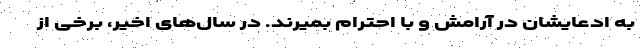
به ادعایشان در آرامش و با احترام بمیرند. در سال‌های اخیر، برخی از